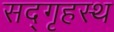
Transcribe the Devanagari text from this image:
सद्‌गृहस्थ